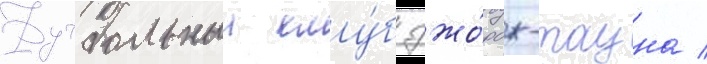
Футбольныи клу́б джо́рдж-тауна /